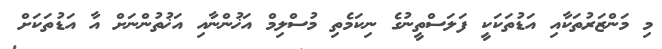
މި މަންޒަރުތަކާއި އަޑުތަކަކީ ފަލަސްތީނުގެ ނިކަމެތި މުސްލިމް އަޚުންނާއި އަޚުތުންނަށް އާ އަޑުތަކަށް